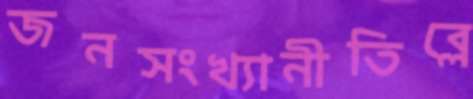
জনসংখ্যানীতিব্লে